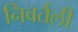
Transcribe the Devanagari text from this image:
निवर्तली